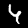
Digit: 4